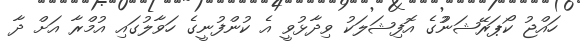
ހައްޖު ކޯޕަރޭޝަނުުގެ އޮފިޝަލަކު ވިދާޅުވީ އެ ކުންފުނީގެ ހަވާލުގައި އުމްރާ އަށް ދާ